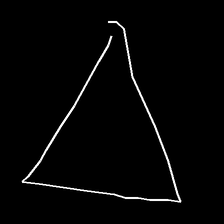
Glyph: convergence